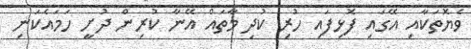
ވެޔޮތަކާއި އޭގައި ފޮޅިފައި ހުރި ކުދި މާތައް އޭނާ ކުރިން ދުށީ ހަމައެކަނި